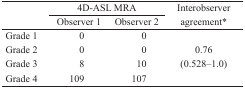
| <ROWSPAN=3>  | <COLSPAN=2> 4D-ASL MRA | <ROWSPAN=3> Interobserver agreement* |
 | Observer 1 | Observer 2 |
 | --- | --- | --- | --- |
 | Grade 1 | 0 | 0 |  |
 | Grade 2 | 0 | 0 | 0.76 |
 | Grade 3 | 8 | 10 | (0.528–1.0) |
 | Grade 4 | 109 | 107 |  |